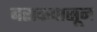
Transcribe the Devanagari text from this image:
बराकपासून